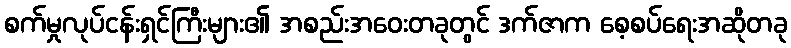
စက်မှုလုပ်ငန်းရှင်ကြီးများ၏ အစည်းအဝေးတခုတွင် ဒက်ဇာက စေ့စပ်ရေးအဆိုတခု